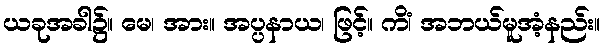
ယခုအခါ၌။ မေ၊ အား။ အပ္ပနာယ၊ ဖြင့်။ ကိံ၊ အဘယ်မူအံ့နည်း။